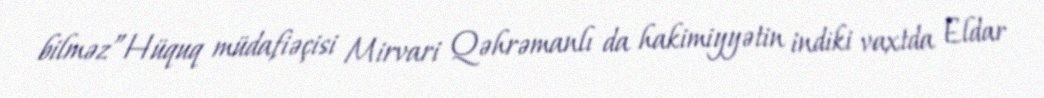
bilməz”Hüquq müdafiəçisi Mirvari Qəhrəmanlı da hakimiyyətin indiki vaxtda Eldar